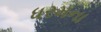
ધરમના